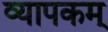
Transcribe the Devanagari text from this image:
व्यापकम्